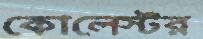
কোলেস্টর